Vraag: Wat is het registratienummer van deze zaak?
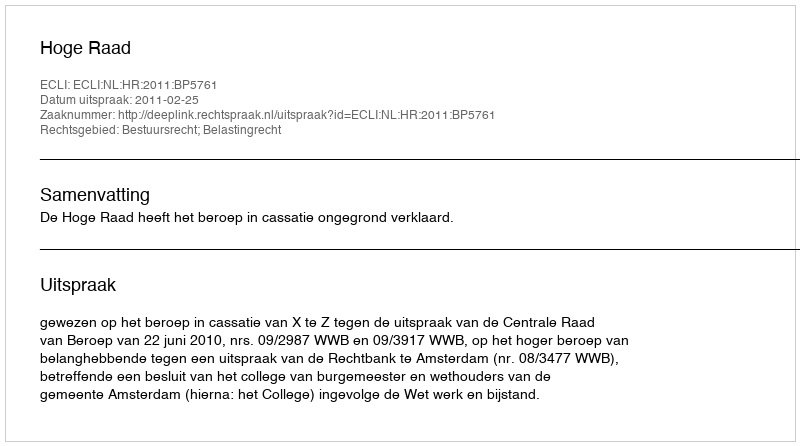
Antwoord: http://deeplink.rechtspraak.nl/uitspraak?id=ECLI:NL:HR:2011:BP5761